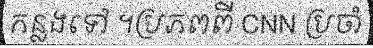
កន្លងទៅ ។ប្រភពពី CNN ប្រចាំ